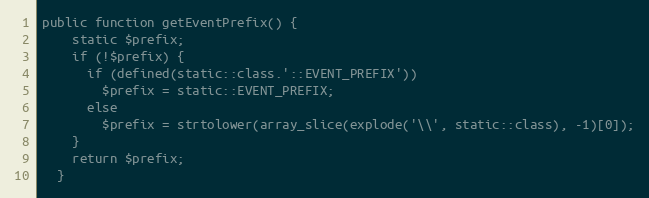
Language: PHP
public function getEventPrefix() {
    static $prefix;
    if (!$prefix) {
      if (defined(static::class.'::EVENT_PREFIX'))
        $prefix = static::EVENT_PREFIX;
      else
        $prefix = strtolower(array_slice(explode('\\', static::class), -1)[0]);
    }
    return $prefix;
  }